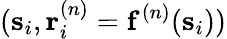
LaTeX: (\mathbf{s}_{i},\mathbf{r}_{i}^{(n)}=\mathbf{f}^{(n)}(\mathbf{s}_{i}))